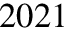
2 0 2 1